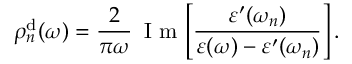
\rho _ { n } ^ { \mathrm { d } } ( \omega ) = \frac { 2 } { \pi \omega } \, \mathrm { ~ I ~ m ~ } \! \left[ \frac { \varepsilon ^ { \prime } ( \omega _ { n } ) } { \varepsilon ( \omega ) - \varepsilon ^ { \prime } ( \omega _ { n } ) } \right] .